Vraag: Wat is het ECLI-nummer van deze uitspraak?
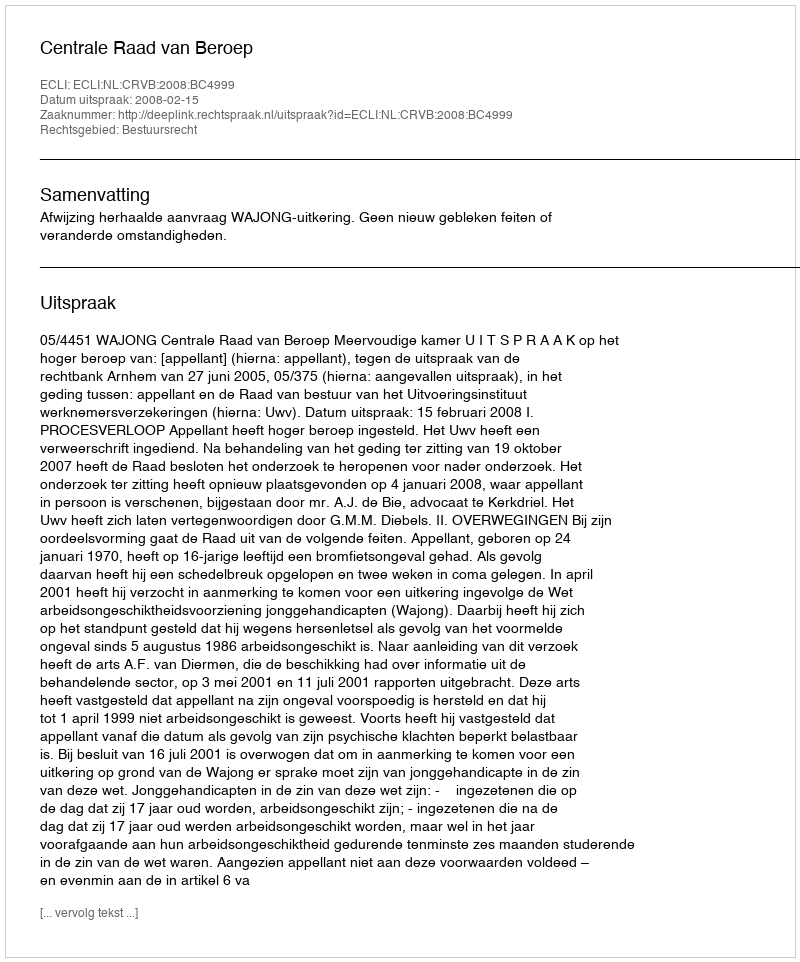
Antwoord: ECLI:NL:CRVB:2008:BC4999